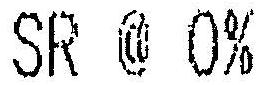
SR @ 0%